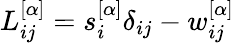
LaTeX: L_{ij}^{[\alpha]}=s_{i}^{[\alpha]}\delta_{ij}-w_{ij}^{[\alpha]}